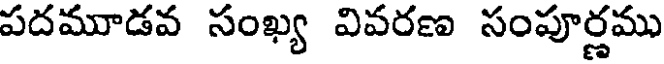
పదమూడవ సంఖ్య వివరణ సంపూర్ణము